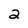
Character: 2